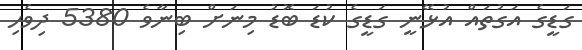
ގަޑީގެ އަގުތައް އުޅޭނީ ގަޑީގެ ކުޑަ ބޮޑު މިނަށް ބިނާވެ 5380 ދިވެހި